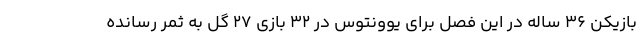
بازیکن ۳۶ ساله در این فصل برای یوونتوس در ۳۲ بازی ۲۷ گل به ثمر رسانده